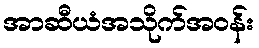
အာဆီယံအသိုက်အဝန်း